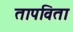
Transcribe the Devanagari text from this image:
तापविता